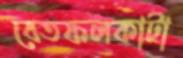
বেতফলকাটা